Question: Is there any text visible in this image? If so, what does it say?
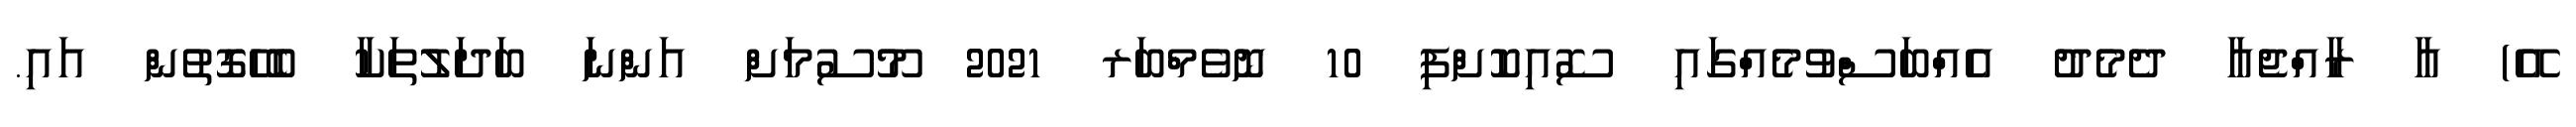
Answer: އޭ) އާ ރާއްޖެއާ ދެމެދު އެއްބަސްވުމެއްގައި ސޮއިކޮށްފި 10 ނޮވެމްބަރ 2021 މޫސުމަށް އަންނަ ބަދަލުތަކާ ބެހޭގޮތުން އައި.